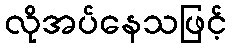
လိုအပ်နေသဖြင့်